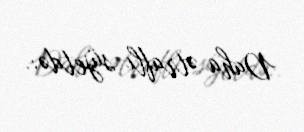
Daha ətraflı süjetdə:.